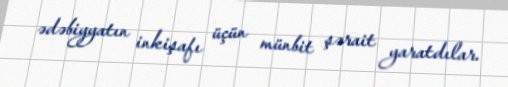
ədəbiyyatın inkişafı üçün münbit şərait yaratdılar.